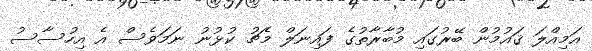
އަމިއްލަ ޤައުމުން ބޭރުގައި މުބާރާތުގެ ފައިނަލް މެޗު ކުޅުނު ނަމަވެސް އެ އިހުސާސު